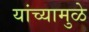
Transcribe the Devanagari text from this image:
यांच्‍यामुळे